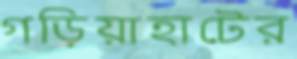
গড়িয়াহাটের